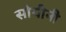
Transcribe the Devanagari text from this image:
सोयीनी